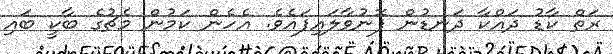
ރަތް ކާޑު ދައްކާ ދަނޑުން ފޮނުވާލައިފައެވެ. އެހެން ކަމުން މެޗުގެ ބާކީ ބައި